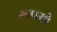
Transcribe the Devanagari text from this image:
रूपयो